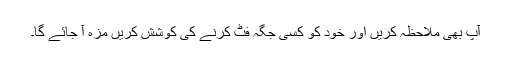
آپ بھی ملاحظہ کریں اور خود کو کسی جگہ فٹ کرنے کی کوشش کریں مزہ آ جائے گا۔